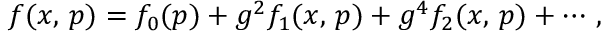
f ( x , \, p ) = f _ { 0 } ( p ) + g ^ { 2 } f _ { 1 } ( x , \, p ) + g ^ { 4 } f _ { 2 } ( x , \, p ) + \cdots \, ,